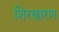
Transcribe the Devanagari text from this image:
शिरस्त्रारण